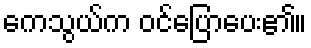
ကေသွယ်က ဝင်ပြောပေး၏။